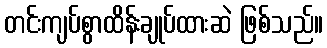
တင်းကျပ်စွာထိန်းချုပ်ထားဆဲ ဖြစ်သည်။